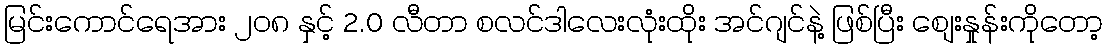
မြင်းကောင်ရေအား ၂ဝ၈ နှင့် 2.0 လီတာ စလင်ဒါလေးလုံးထိုး အင်ဂျင်နဲ့ ဖြစ်ပြီး စျေးနှုန်းကိုတော့